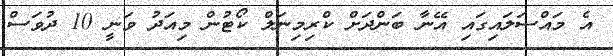
އެ މައްސަލައިގައި އޭނާ ބަންދަށް ކްރިމިނަލް ކޯޓުން މިއަދު ވަނީ 10 ދުވަސް